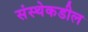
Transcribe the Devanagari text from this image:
संस्थेकडील